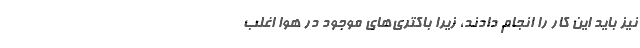
نیز باید این کار را انجام دادند، زیرا باکتری‌های موجود در هوا اغلب